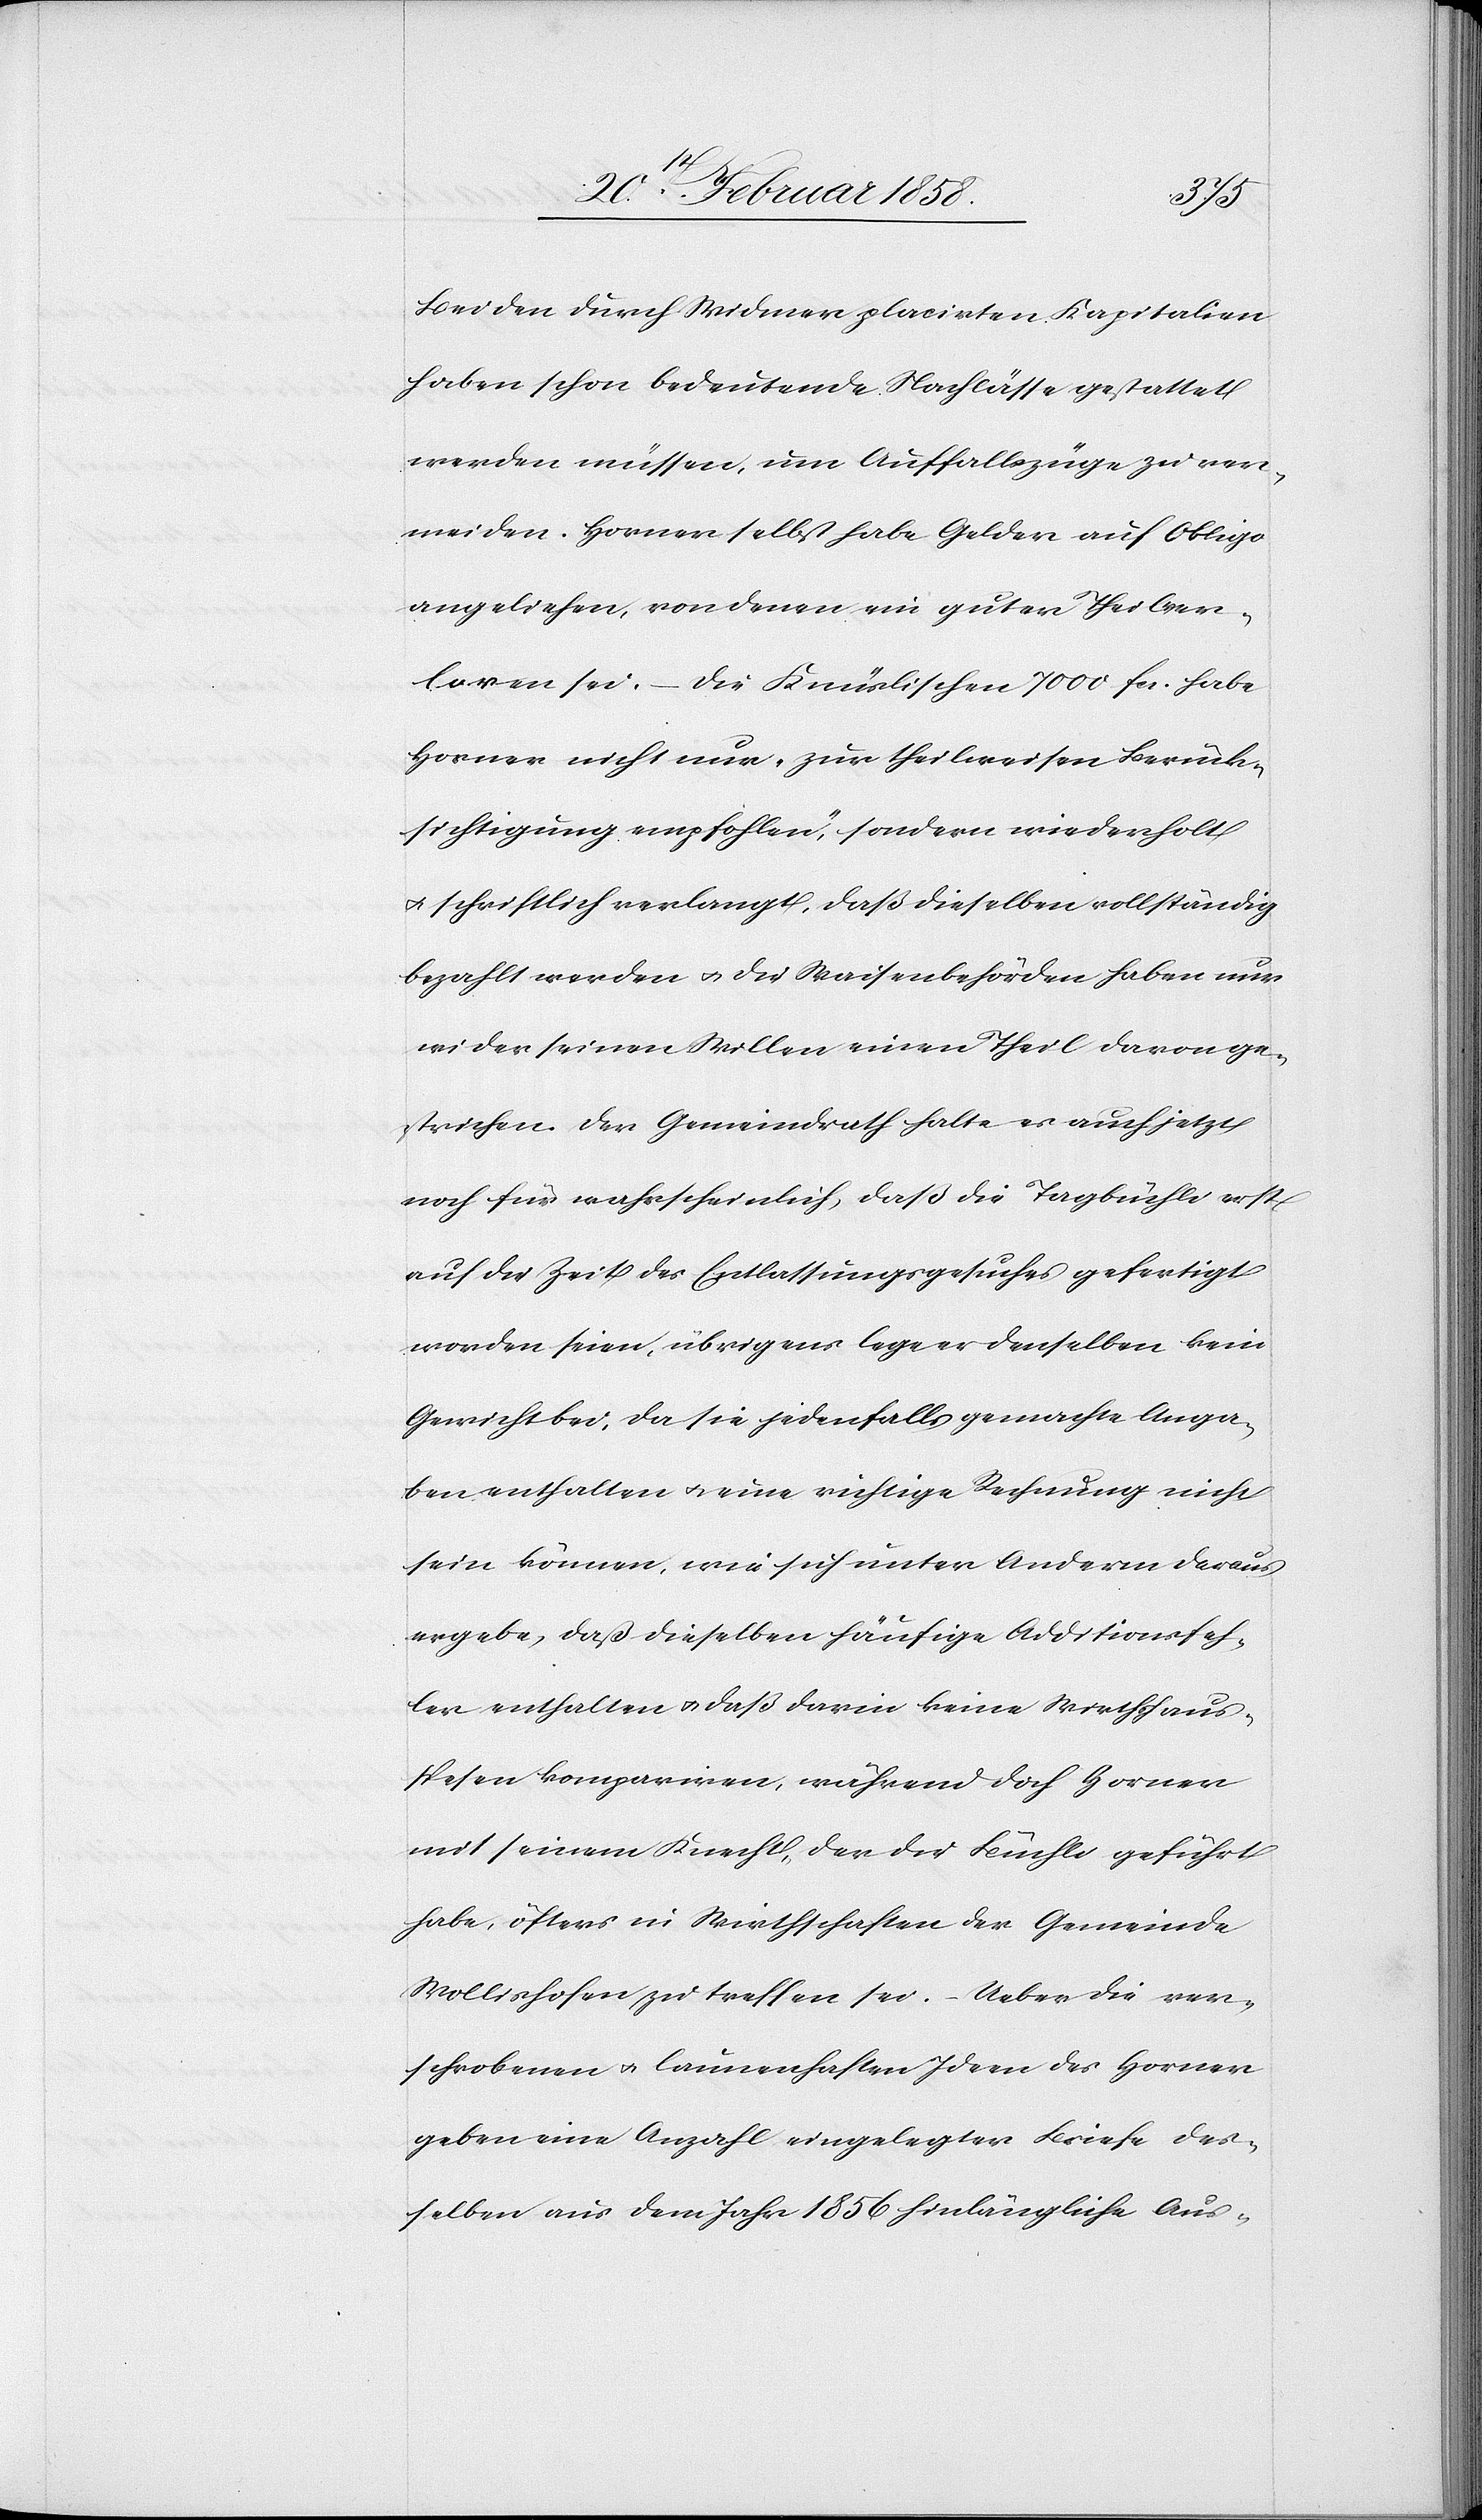
Bei den durch Widmer placirten Kapitalien
haben schon bedeutende Nachlässe gestattet
werden müssen, um Auffallszüge zu ver¬
meiden. Horner selbst habe Gelder auf Obligo
angeliehen, von denen ein guter Theil ver¬
loren sei. – Die Knüslischen 7000 fcs. habe
Horner nicht nur „zur theilweisen Berück¬
sichtigung empfohlen“, sondern wiederholt
u. schriftlich verlangt, daß dieselben vollständig
bezahlt werden und die Waisenbehörden haben nur
wider seinen Willen einen Theil davon ge¬
strichen. Der Gemeindrath halte es auch jetzt
noch für wahrscheinlich, daß die Tagbüchli erst
auf die Zeit des Entlassungsgesuches gefertigt
worden seien, übrigens lege er denselben kein
Gewicht bei, da sie jedenfalls gemachte Anga¬
ben enthalten u. eine richtige Rechnung nicht
sein können, wie sich unter Anderm daraus
ergebe, daß dieselben häufige Additionsfeh¬
ler enthalten u. daß darin keine Wirthshaus¬
spesen kompariren, während doch Horner
mit seinem Knecht, der die Büchli geführt
habe, öfters in Wirthschaften der Gemeinde
Wollishofen zu treffen sei. Ueber die ver¬
schrobenen u. launenhaften Ideen des Horner
geben eine Anzahl eingelegter Briefe des¬
selben aus dem Jahr 1856 hinlängliche Aus-